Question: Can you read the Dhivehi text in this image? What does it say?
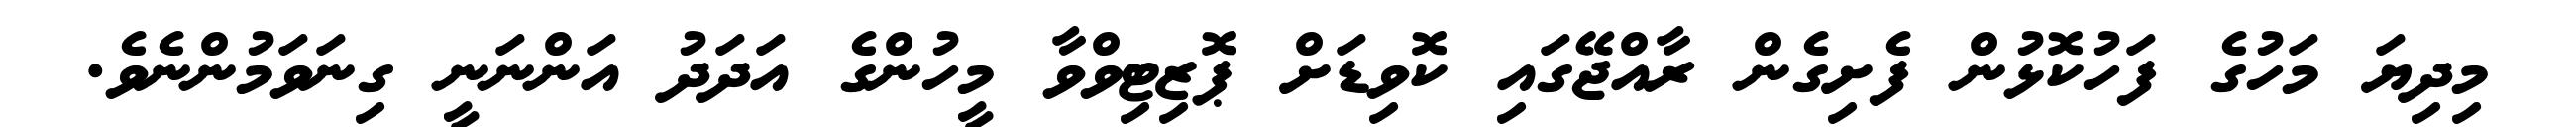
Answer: މިދިޔަ މަހުގެ ފަހުކޮޅުން ފެށިގެން ރާއްޖޭގައި ކޮވިޑަށް ޕޮޒިޓިވްވާ މީހުންގެ އަދަދު އަންނަނީ ގިނަވަމުންނެވެ.